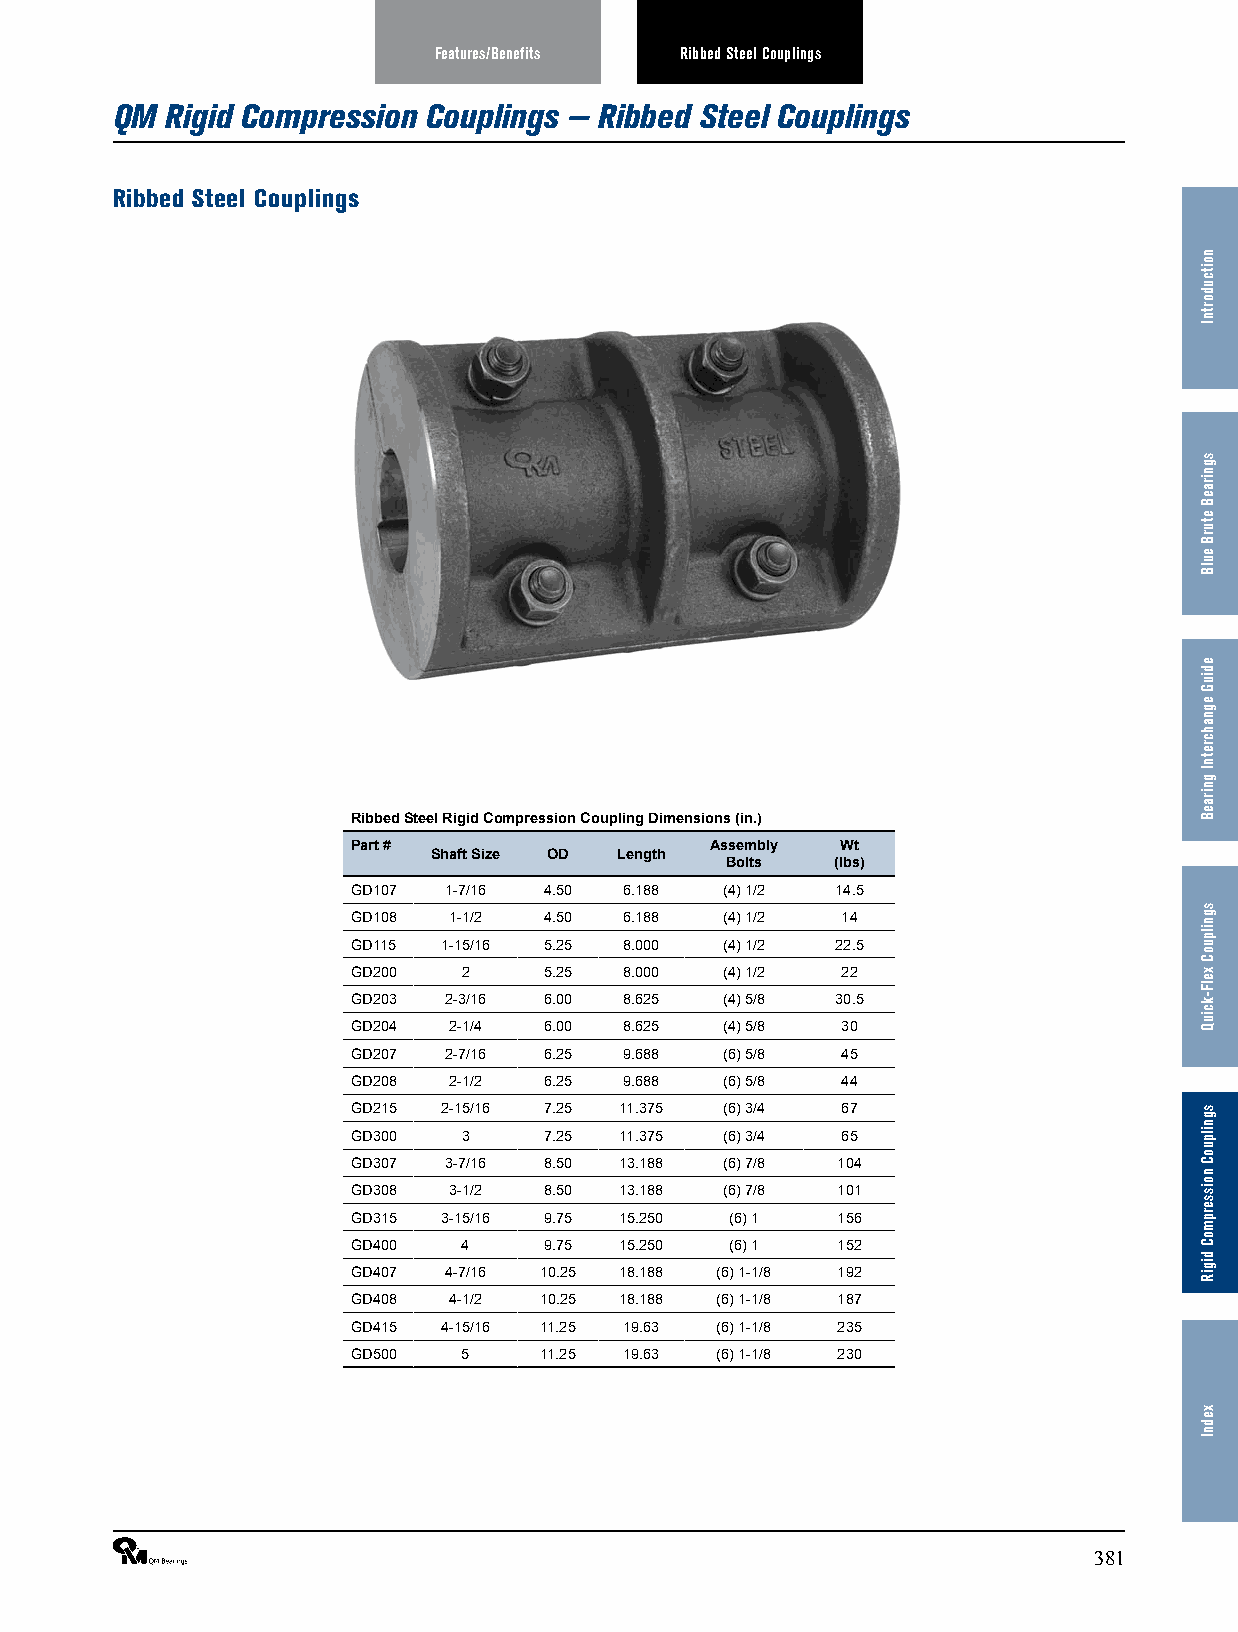
Features/Benefits Ribbed Steel Couplings
 QM  Rigid Compression Couplings — Ribbed Steel Couplings
 Ribbed Steel Couplings
 Ribbed Steel Rigid Compression Coupling Dimensions (in.)
 Part #                  Assembly Wt
 Shaft Size OD Length
 Bolts  (lbs)
 GD107 1-7/16 4.50 6.188  (4) 1/2 14.5
 GD108  1-1/2 4.50 6.188  (4) 1/2 14
 GD115 1-15/16 5.25 8.000 (4) 1/2 22.5
 GD200   2    5.25 8.000  (4) 1/2 22
 GD203 2-3/16 6.00 8.625  (4) 5/8 30.5
 GD204  2-1/4 6.00 8.625  (4) 5/8 30
 GD207 2-7/16 6.25 9.688  (6) 5/8 45
 GD208  2-1/2 6.25 9.688  (6) 5/8 44
 GD215 2-15/16 7.25 11.375 (6) 3/4 67
 GD300   3    7.25 11.375 (6) 3/4 65
 GD307 3-7/16 8.50 13.188 (6) 7/8 104
 GD308  3-1/2 8.50 13.188 (6) 7/8 101
 GD315 3-15/16 9.75 15.250 (6) 1 156
 GD400   4    9.75 15.250 (6) 1  152
 GD407 4-7/16 10.25 18.188 (6) 1-1/8 192
 GD408  4-1/2 10.25 18.188 (6) 1-1/8 187
 GD415 4-15/16 11.25 19.63 (6) 1-1/8 235
 GD500   5    11.25 19.63 (6) 1-1/8 230
 ®                                                              381
 noitcudortnI
 sgniraeB
 eturB
 eulB
 ediuG
 egnahcretnI
 gniraeB
 sgnilpuoC
 xelF-kciuQ
 sgnilpuoC
 noisserpmoC
 digiR
 xednI